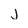
Character: j